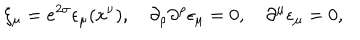
\xi _ { \mu } = e ^ { 2 \sigma } \epsilon _ { \mu } ( x ^ { \nu } ) , \quad \partial _ { \rho } \partial ^ { \rho } \epsilon _ { \mu } = 0 , \quad \partial ^ { \mu } \epsilon _ { \mu } = 0 ,